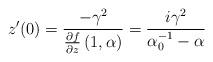
LaTeX: \begin{align*}z'(0)=\frac{-\gamma^{2}}{\frac{\partial f}{\partial z}\left(1,\alpha\right)}=\frac{i\gamma^{2}}{\alpha_{0}^{-1}-\alpha}\end{align*}